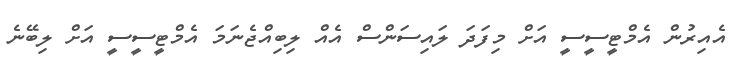
އެއިރުން އެމްޓީސީސީ އަށް މިފަދަ ލައިސަންސް އެއް ލިބިއްޖެނަމަ އެމްޓީސީސީ އަަށް ލިބޭނެ